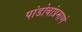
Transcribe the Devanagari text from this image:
पांडोबांप्रमाणे